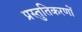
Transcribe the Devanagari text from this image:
प्रस्तुतिकरणों